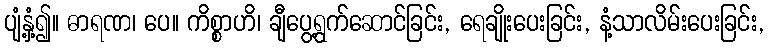
ပျံ့နှံ့၍။ ဓာရဏ၊ ပေ။ ကိစ္စာဟိ၊ ချီပွေ့ရွက်ဆောင်ခြင်း, ရေချိုးပေးခြင်း, နံ့သာလိမ်းပေးခြင်း,